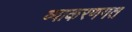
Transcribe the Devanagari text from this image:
व्याकरणगत